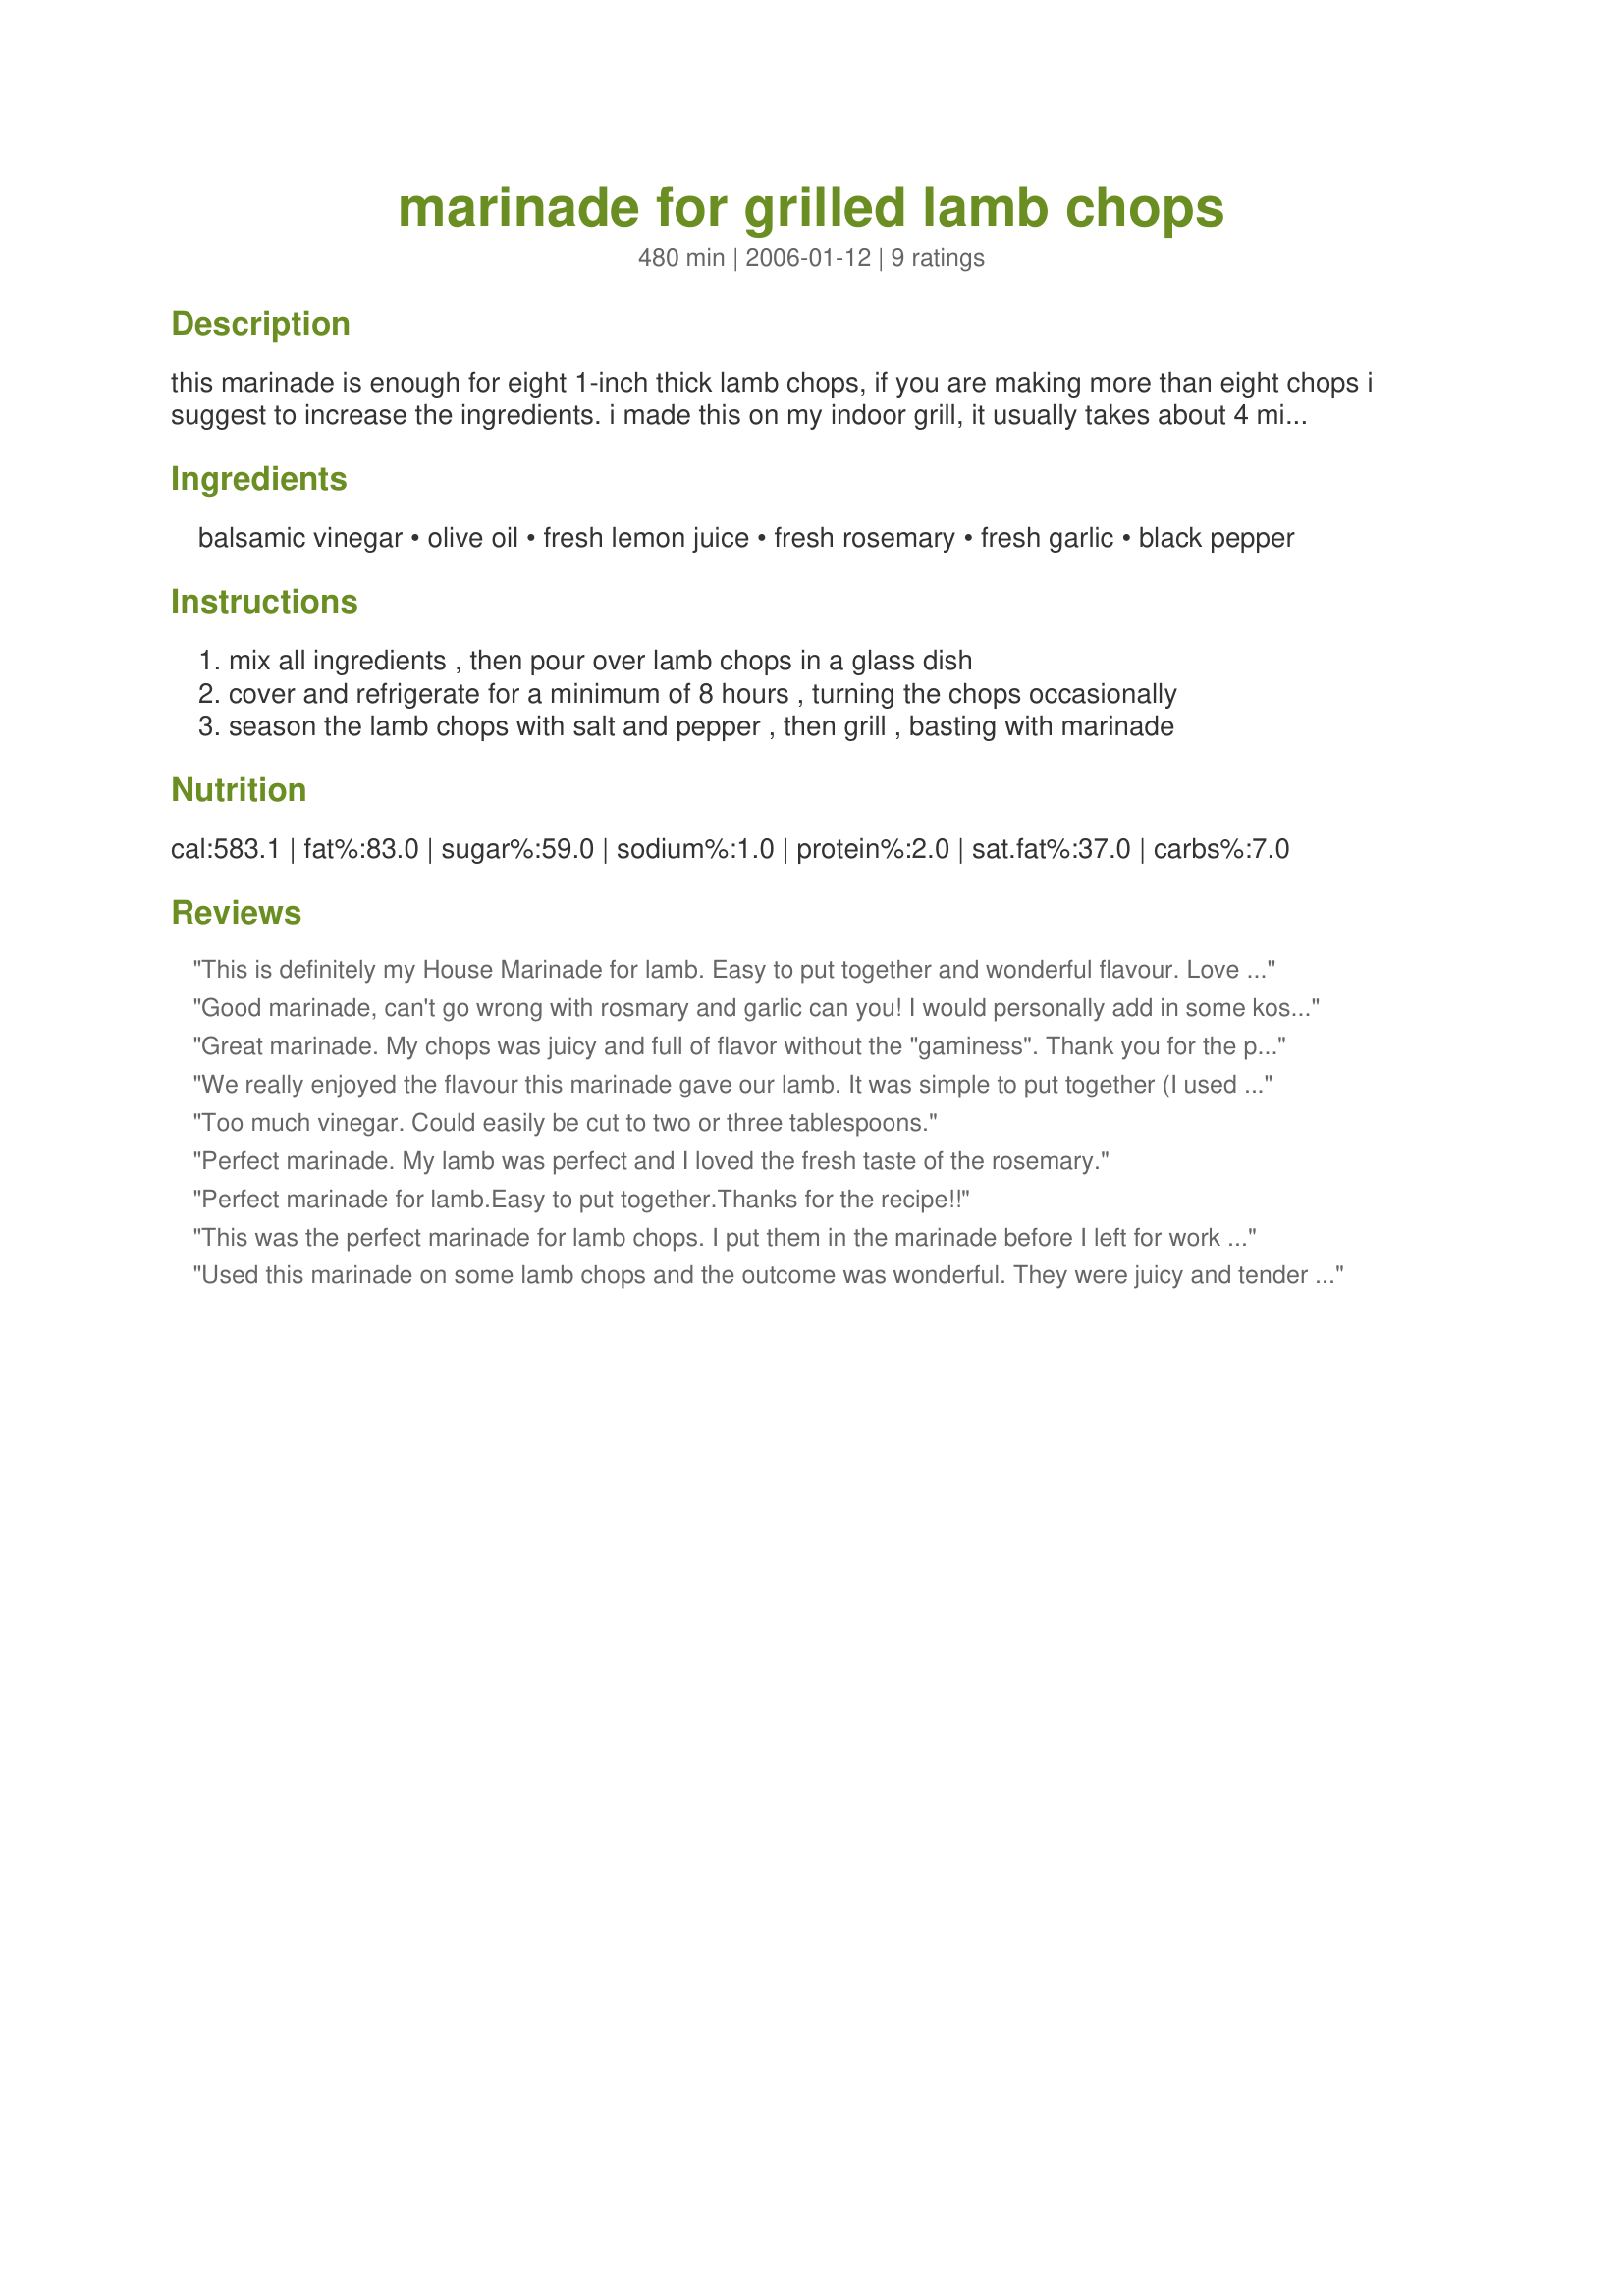
marinade for grilled lamb chops
Preparation time: 480 minutes

this marinade is enough for eight 1-inch thick lamb chops, if you are making more than eight chops i suggest to increase the ingredients. i made this on my indoor grill, it usually takes about 4 minutes per side for medium-rare using 1-inch thick chops, if you are grilling outdoors they will be done slightly faster, you can also broil these in your oven.

Ingredients:
balsamic vinegar, olive oil, fresh lemon juice, fresh rosemary, fresh garlic, black pepper

Steps:
mix all ingredients , then pour over lamb chops in a glass dish, cover and refrigerate for a minimum of 8 hours , turning the chops occasionally, season the lamb chops with salt and pepper , then grill , basting with marinade

Reviews:
This is definitely my House 
Marinade for lamb.
Easy to put together and wonderful flavour.
Love all your recipes.
Good marinade, can't go wrong with rosmary and garlic can you! I would personally add in some kosher salt or even better some soya sauce.
Great marinade. My chops was juicy and full of flavor without the "gaminess". Thank you for the post.
We really enjoyed the flavour this marinade gave our lamb. It was simple to put together (I used lamb loin chops) and tasted great! 
Definitely a recipe we will use again!
Too much vinegar. Could easily be cut to two or three tablespoons.
Perfect marinade. My lamb was perfect and I loved the fresh taste of the rosemary.
Perfect marinade for lamb.Easy to put together.Thanks for the recipe!!
This was the perfect marinade for lamb chops. I put them in the marinade before I left for work this morning and made them after about 12 hours. They turned out perfect and the flavor was a hit!
Used this marinade on some lamb chops and the outcome was wonderful. They were juicy and tender and had a great taste. This was my first time making lamb chops and I was afraid they would have a "gamey" taste, but they were really good. Thanks for this post.
